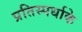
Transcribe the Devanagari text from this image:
प्रतिस्पर्धाके